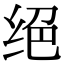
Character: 绝